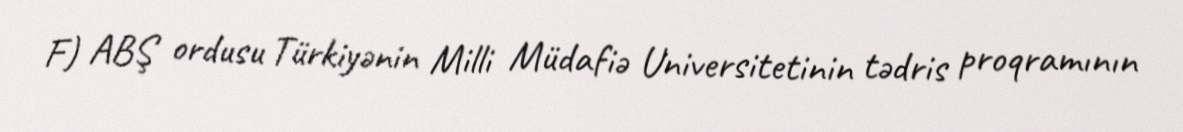
F) ABŞ ordusu Türkiyənin Milli Müdafiə Universitetinin tədris proqramının